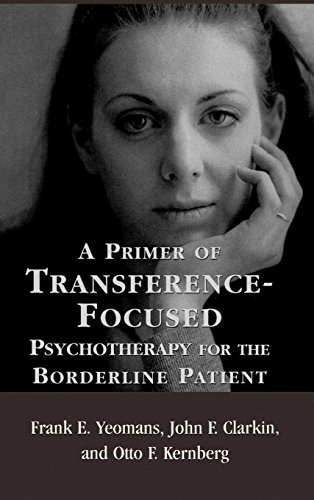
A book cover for A Primer of Transference-Focused Psychotherapy for the Borderline Patient; Frank E. Yeomans; Health, Fitness & Dieting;